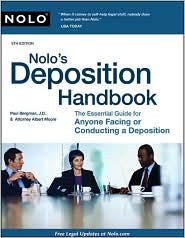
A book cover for Nolo's Deposition Handbook 5th (fifth) edition Text Only; Paul Bergman J.D.; Law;